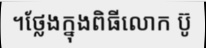
។ថ្លែងក្នុងពិធីលោក ប៊ូ